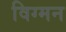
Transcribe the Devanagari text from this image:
विग्मन